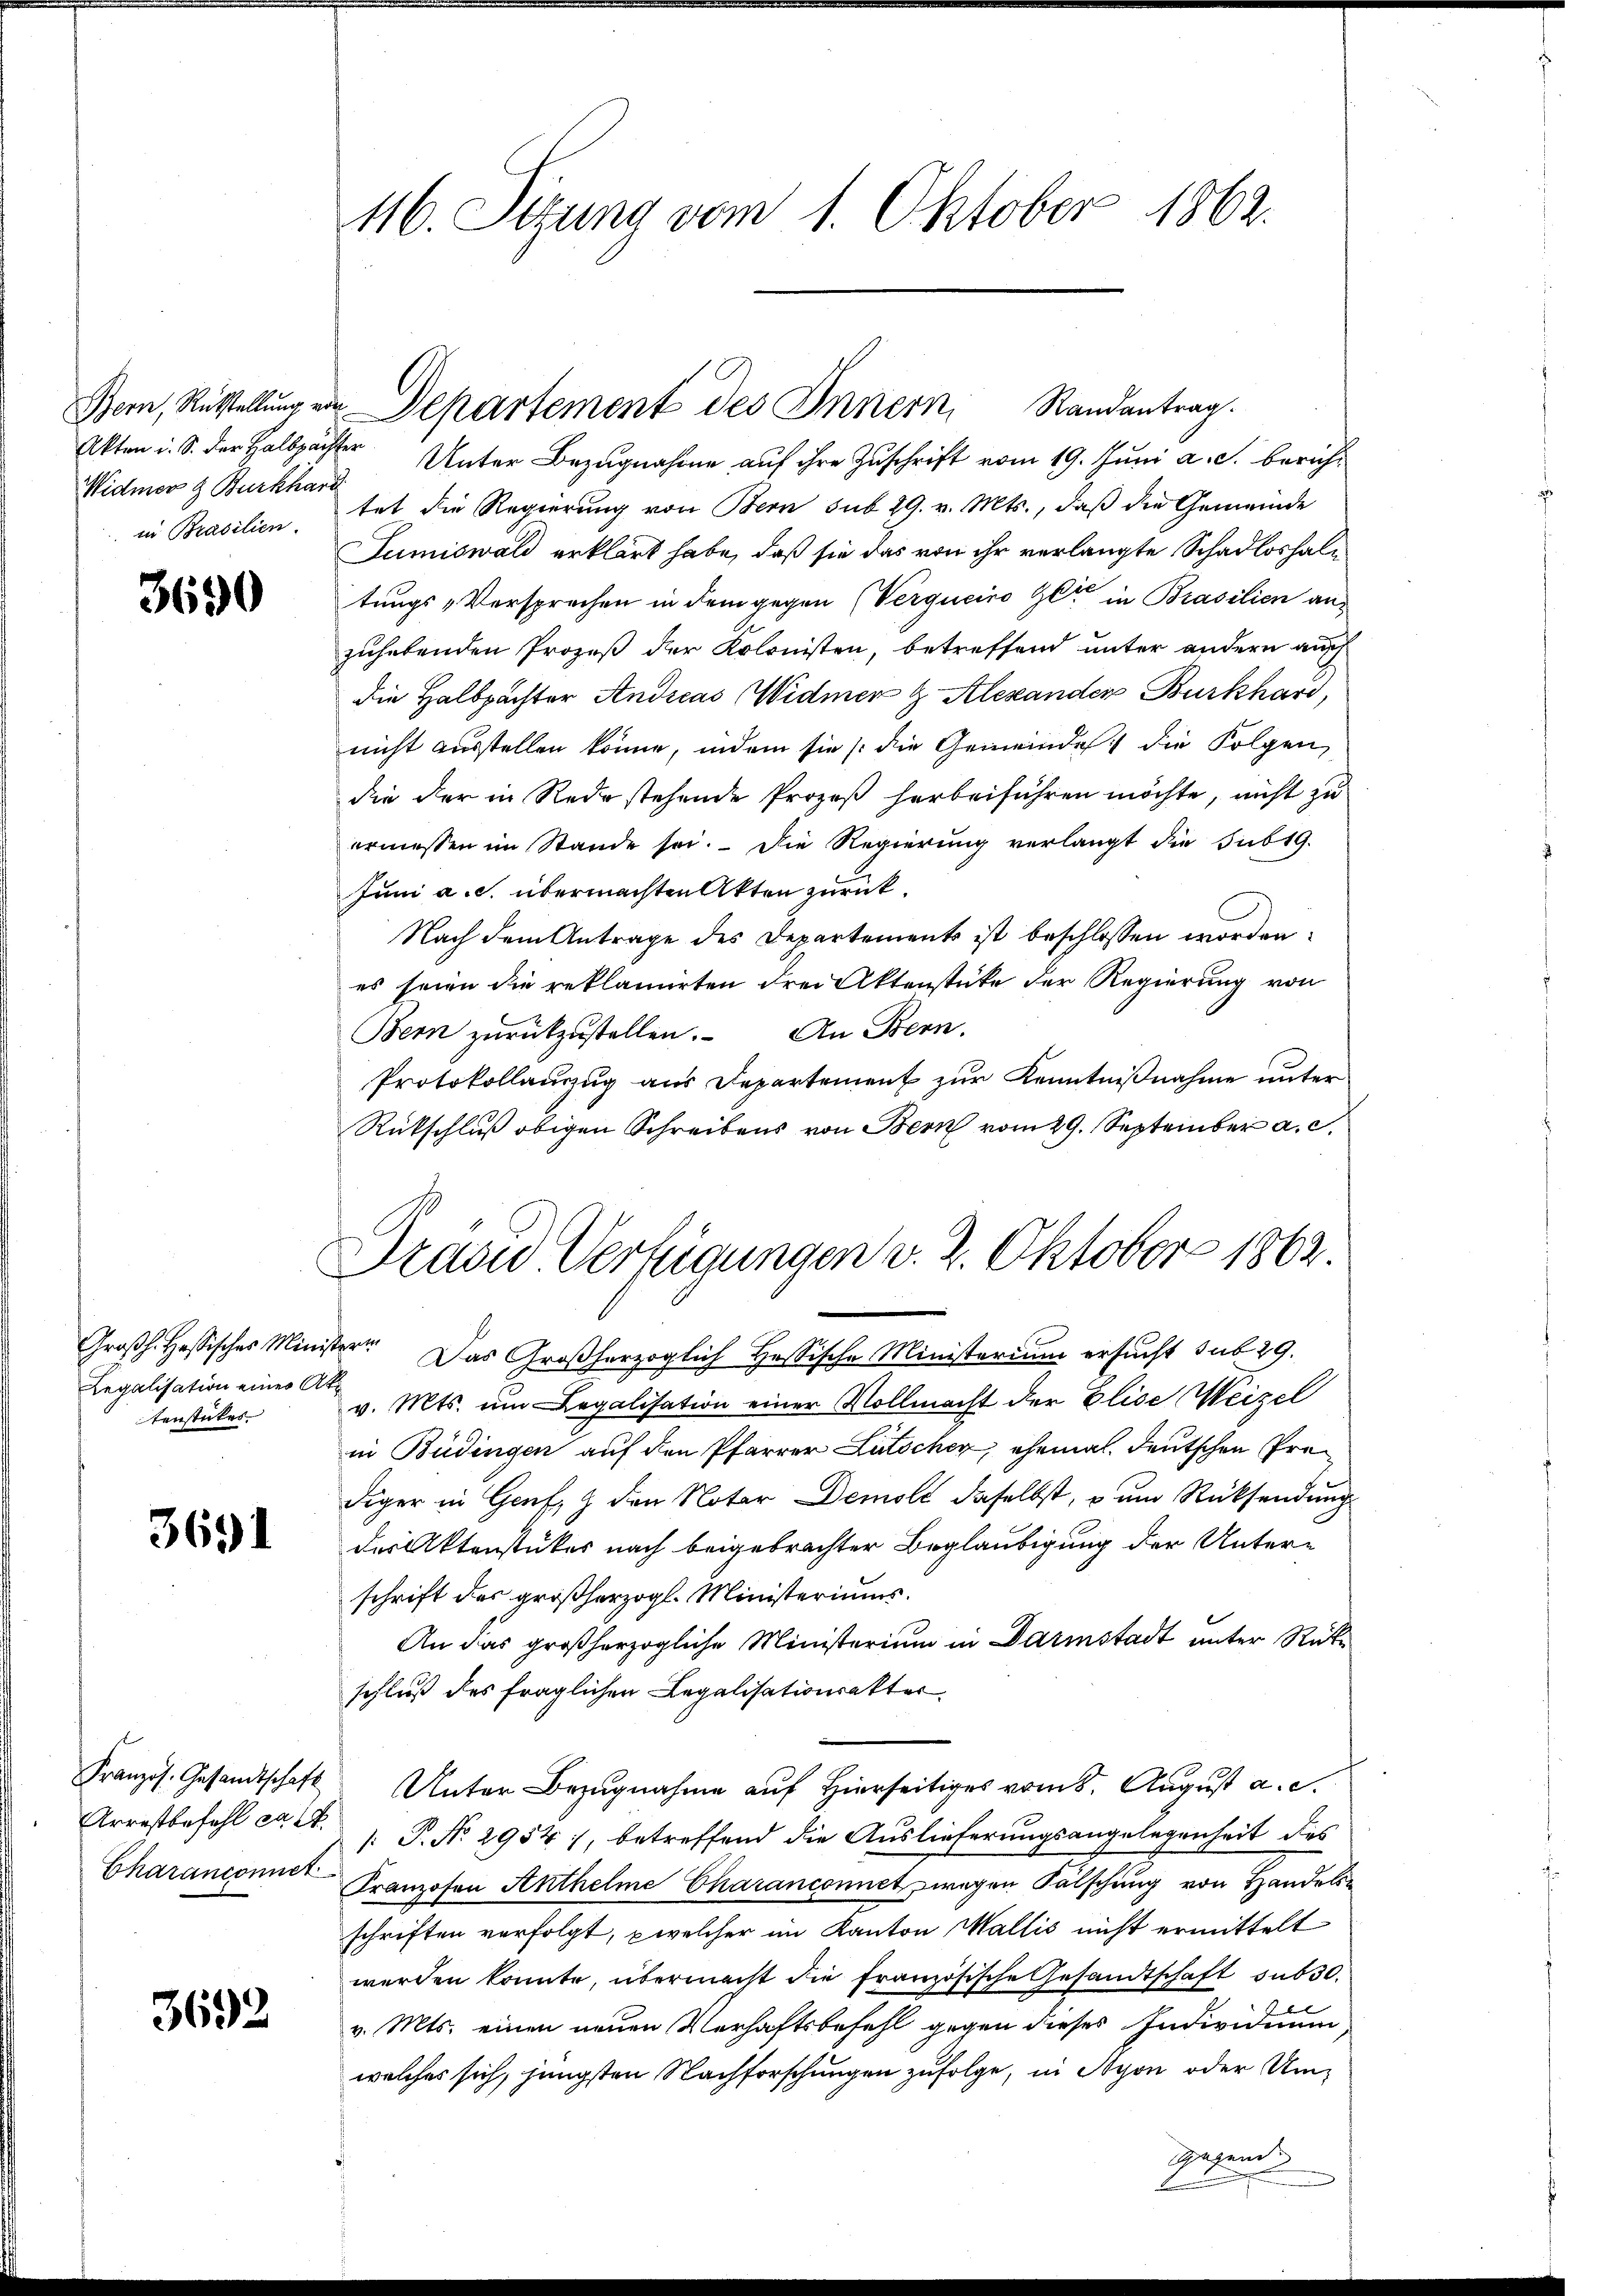
Widmer & Burkhard
in Brasilien.

3690

Legalisation eines Ak
tenstückes.

3691

Arrestbefehl ca 24.

3692

416. Sitzung vom 1. Oktober 1862.

Bern, Rükstellŭng von Departement des Innern Randantrag.

Akten u. S. der Halbpachter Unter Bezugnahme auf ihre Zuschrift vom 19. Juni a. c. berühtet die Regierung von Bern sub 29. v. Mts., daß die Gemeinde
Sumiswald erklärt habe, daß sie das von ihr verlangte Schadloshaltungs-Versprechen in dem gegen (Verqueiro gere in Brasilien anzuhebenden Prozeß der Kolonisten, betreffend unter andern auch
die Halbpachter Andreas Widmer & Alexander Burkhard,
nicht ausstellen könne, indem sie die Gemeindes die Folgen
die der in Rede stehende Prozeß herbeiführen möchte, nicht zu
ermessen im Stande sei. Die Regierung verlangt die sub 19.
Juni a. c. übermachten Akten zurück.
Nach dem Antrage des Departements ist beschlossen worden.
es seien die reklamirten drei Aktenstücke der Regierung von
Bern zurückzustellen. An Bern.
Protokollauszug aus Departement zŭr Kenntniβnahme unter
Rückschluß obigen Schreibens von Bern vom 29. September a. c.
Großh. Hessisches Minister. Das Großherzoglich Hessische Ministerium ersucht sub 29.
v. Mts. um Legalisation einer Vollmacht der Elise Weizel
in Büdingen auf den Pfarrer Lütscher, ehemal, deutschen Prediger in Genf, & den Notar Demolt daselbst, o um Rücksendung
der Aktenstückes nach beigebrachter Beglaubigung der Unterschrift der großherzogl. Ministeriums.
An das großherzogliche Ministerium in Darmstadt unter Rücke
schluß des fraglichen Legalisationsakter.
Französ. Gesandtschaft Unter Bezugnahme auf Hierseitiges vom 8. August a. c.
[: P. No. 2954), betreffend die Auslieferungsangelegenheit des
Charanconier Franzosen Anthelme Charanconnet wegen Fälschung von Handels-
schriften verfolgt, welcher im Kanton Wallis nicht ermittelt
werden konnte, übermacht die französische Gesandtschaft sub 30.
v. Mts. einen neuen Verhaftsbefehl gegen dieses Individuum
welches sich, jüngsten Nachforschungen zufolge, in Nyon oder Um¬
Gren

Drain Verfügungen v. 2. Oktober 1862.